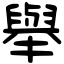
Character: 舉